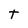
Character: t